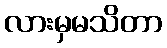
လားမှမသိတာ